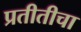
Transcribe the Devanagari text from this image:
प्रतीतीचा